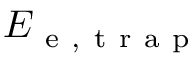
E _ { \mathrm { ~ e ~ , ~ t ~ r ~ a ~ p ~ } }